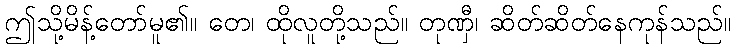
ဤသို့မိန့်တော်မူ၏။ တေ၊ ထိုလူတို့သည်။ တုဏှီ၊ ဆိတ်ဆိတ်နေကုန်သည်။